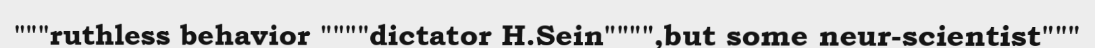
"""ruthless behavior """"dictator H.Sein"""",but some neur-scientist"""